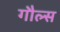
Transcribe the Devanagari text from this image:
गौल्स